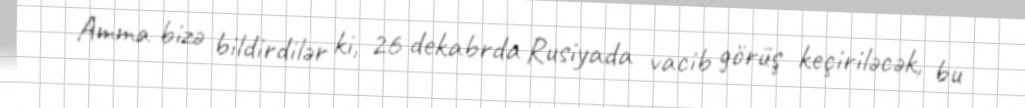
Amma bizə bildirdilər ki, 26 dekabrda Rusiyada vacib görüş keçiriləcək, bu